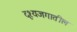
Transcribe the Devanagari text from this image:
दृश्यजगातील